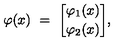
\varphi ( x ) \ = \ { \varphi _ { 1 } ( x ) \brack \varphi _ { 2 } ( x ) } ,